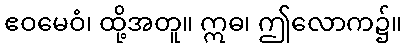
ဧဝမေဝံ၊ ထို့အတူ။ ဣဓ၊ ဤလောက၌။